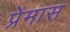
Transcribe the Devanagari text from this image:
प्रेमास